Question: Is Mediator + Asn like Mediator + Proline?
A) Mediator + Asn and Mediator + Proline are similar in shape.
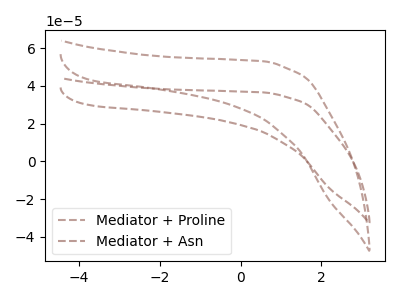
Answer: <think>The brown dashed curve "Mediator + Proline" has no peaks. The brown dashed curve "Mediator + Asn" has no peaks.
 Neither "Mediator + Asn" or "Mediator + Proline" have any peaks.</think>
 <answer>A) "Mediator + Asn" and "Mediator + Proline" are similar in shape.</answer>
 <eval>A</eval>